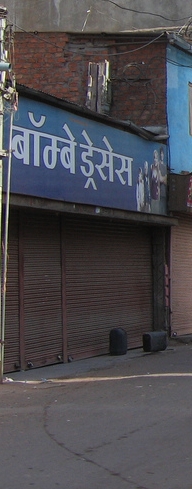
Language: hindi
Transcription: ड्रेसेस बॉम्बे